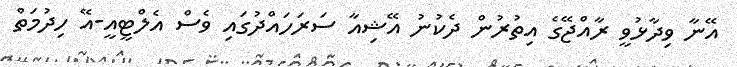
އޭނާ ވިދާޅުވީ ރާއްޖޭގެ އިތުރުން ދެކުނު އޭޝިއާ ސަރަހައްދުގައި ވެސް އެލްޓީއީ-އޭ ހިދުމަތް